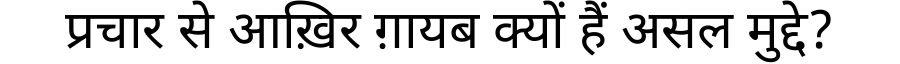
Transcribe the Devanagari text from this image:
प्रचार से आख़िर ग़ायब क्यों हैं असल मुद्दे?